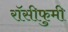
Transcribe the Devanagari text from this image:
रॉसीफुमी